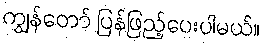
ကျွန်တော် ပြန်ဖြည့်ပေးပါမယ်။